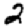
Digit: 2